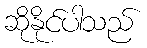
ဆိုနိုင်ပါသည်